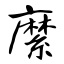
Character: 縻